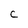
Character: C